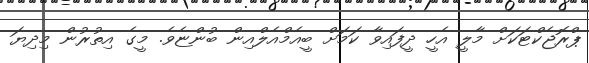
ޕްރޮޖެކްޓަކަށް މާލީ އެހީ ދީފައިވާ ކަމަށް ބީއެމްއެލްއިން ބުންޏެވެ. މީގެ އިތުރުން މިދިޔަ